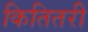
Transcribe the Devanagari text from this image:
कितितरी